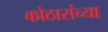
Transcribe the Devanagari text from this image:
कोठारांच्या